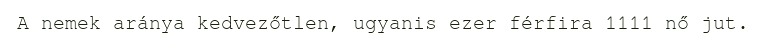
A nemek aránya kedvezőtlen, ugyanis ezer férfira 1111 nő jut.